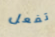
تفعل